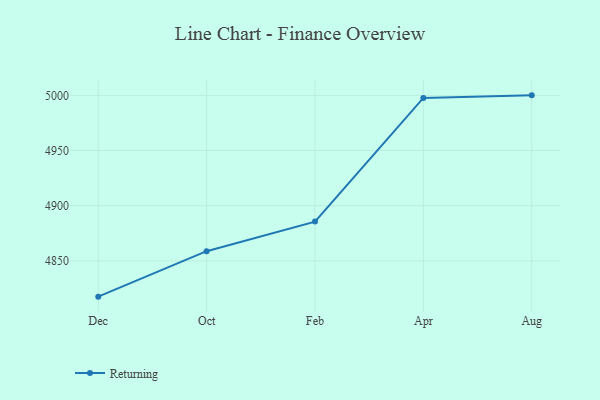
{"axis": {"x": "Month", "y": "Active Users"}, "legend": ["Returning"], "data": [{"x": "Dec", "y": 4817.6, "type": "Returning"}, {"x": "Oct", "y": 4858.8, "type": "Returning"}, {"x": "Feb", "y": 4885.6, "type": "Returning"}, {"x": "Apr", "y": 4997.7, "type": "Returning"}, {"x": "Aug", "y": 5000, "type": "Returning"}]}